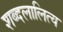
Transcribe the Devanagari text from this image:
शब्दलालित्य